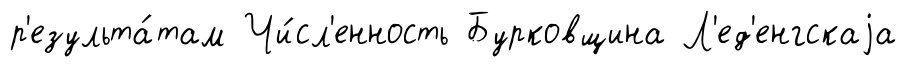
р'езульта́там Чи́сл'енность Бурковщина Л'ед'енгскаjа